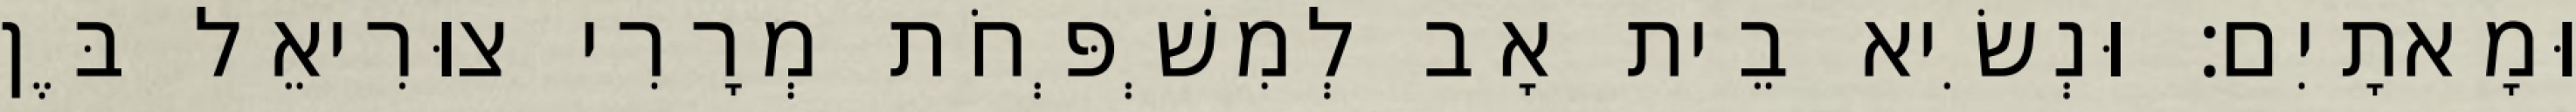
וּמָאתָיִם׃ וּנְשִׂיא בֵית אָב לְמִשְׁפְּחֹת מְרָרִי צוּרִיאֵל בֶּן